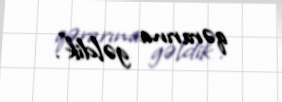
qərarına gəldik".